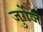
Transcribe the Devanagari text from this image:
जुर्गेज